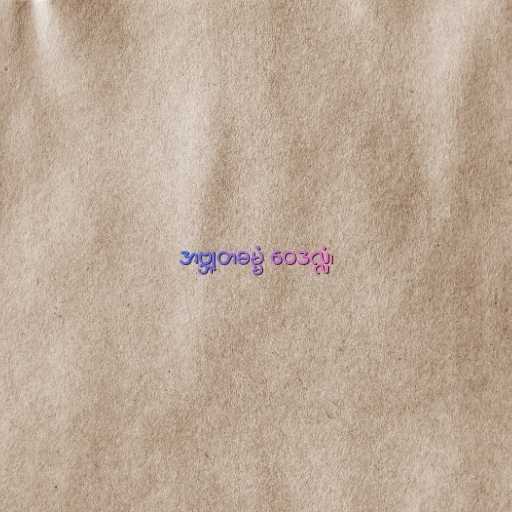
အဗ္ဘုတဓမ္မံ ဝေဒလ္လံ၊